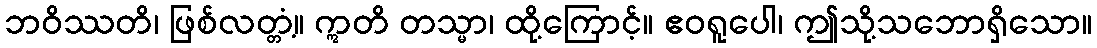
ဘဝိဿတိ၊ ဖြစ်လတ္တံ့။ ဣတိ တသ္မာ၊ ထို့ကြောင့်။ ဧဝရူပေါ၊ ဤသို့သဘောရှိသော။